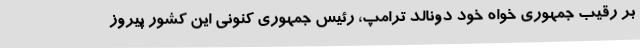
بر رقیب جمهوری خواه خود دونالد ترامپ، رئیس جمهوری کنونی این کشور پیروز